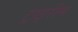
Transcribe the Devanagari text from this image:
ट्राइरीम